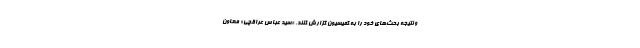
و نتیجه بحث‌های خود را به کمیسیون گزارش کنند. «سید عباس عراقچی» معاون